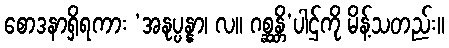
စောဒနာရှိရကား ‘အနုပ္ပန္နာ၊ လ။ ဂစ္ဆန္တိ’ပါဌ်ကို မိန့်သတည်း။